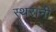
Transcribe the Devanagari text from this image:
स्थरानी